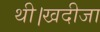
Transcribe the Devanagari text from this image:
थी।खदीजा